Eesti_Peakonsulaat_New_Yorgis, lk 48
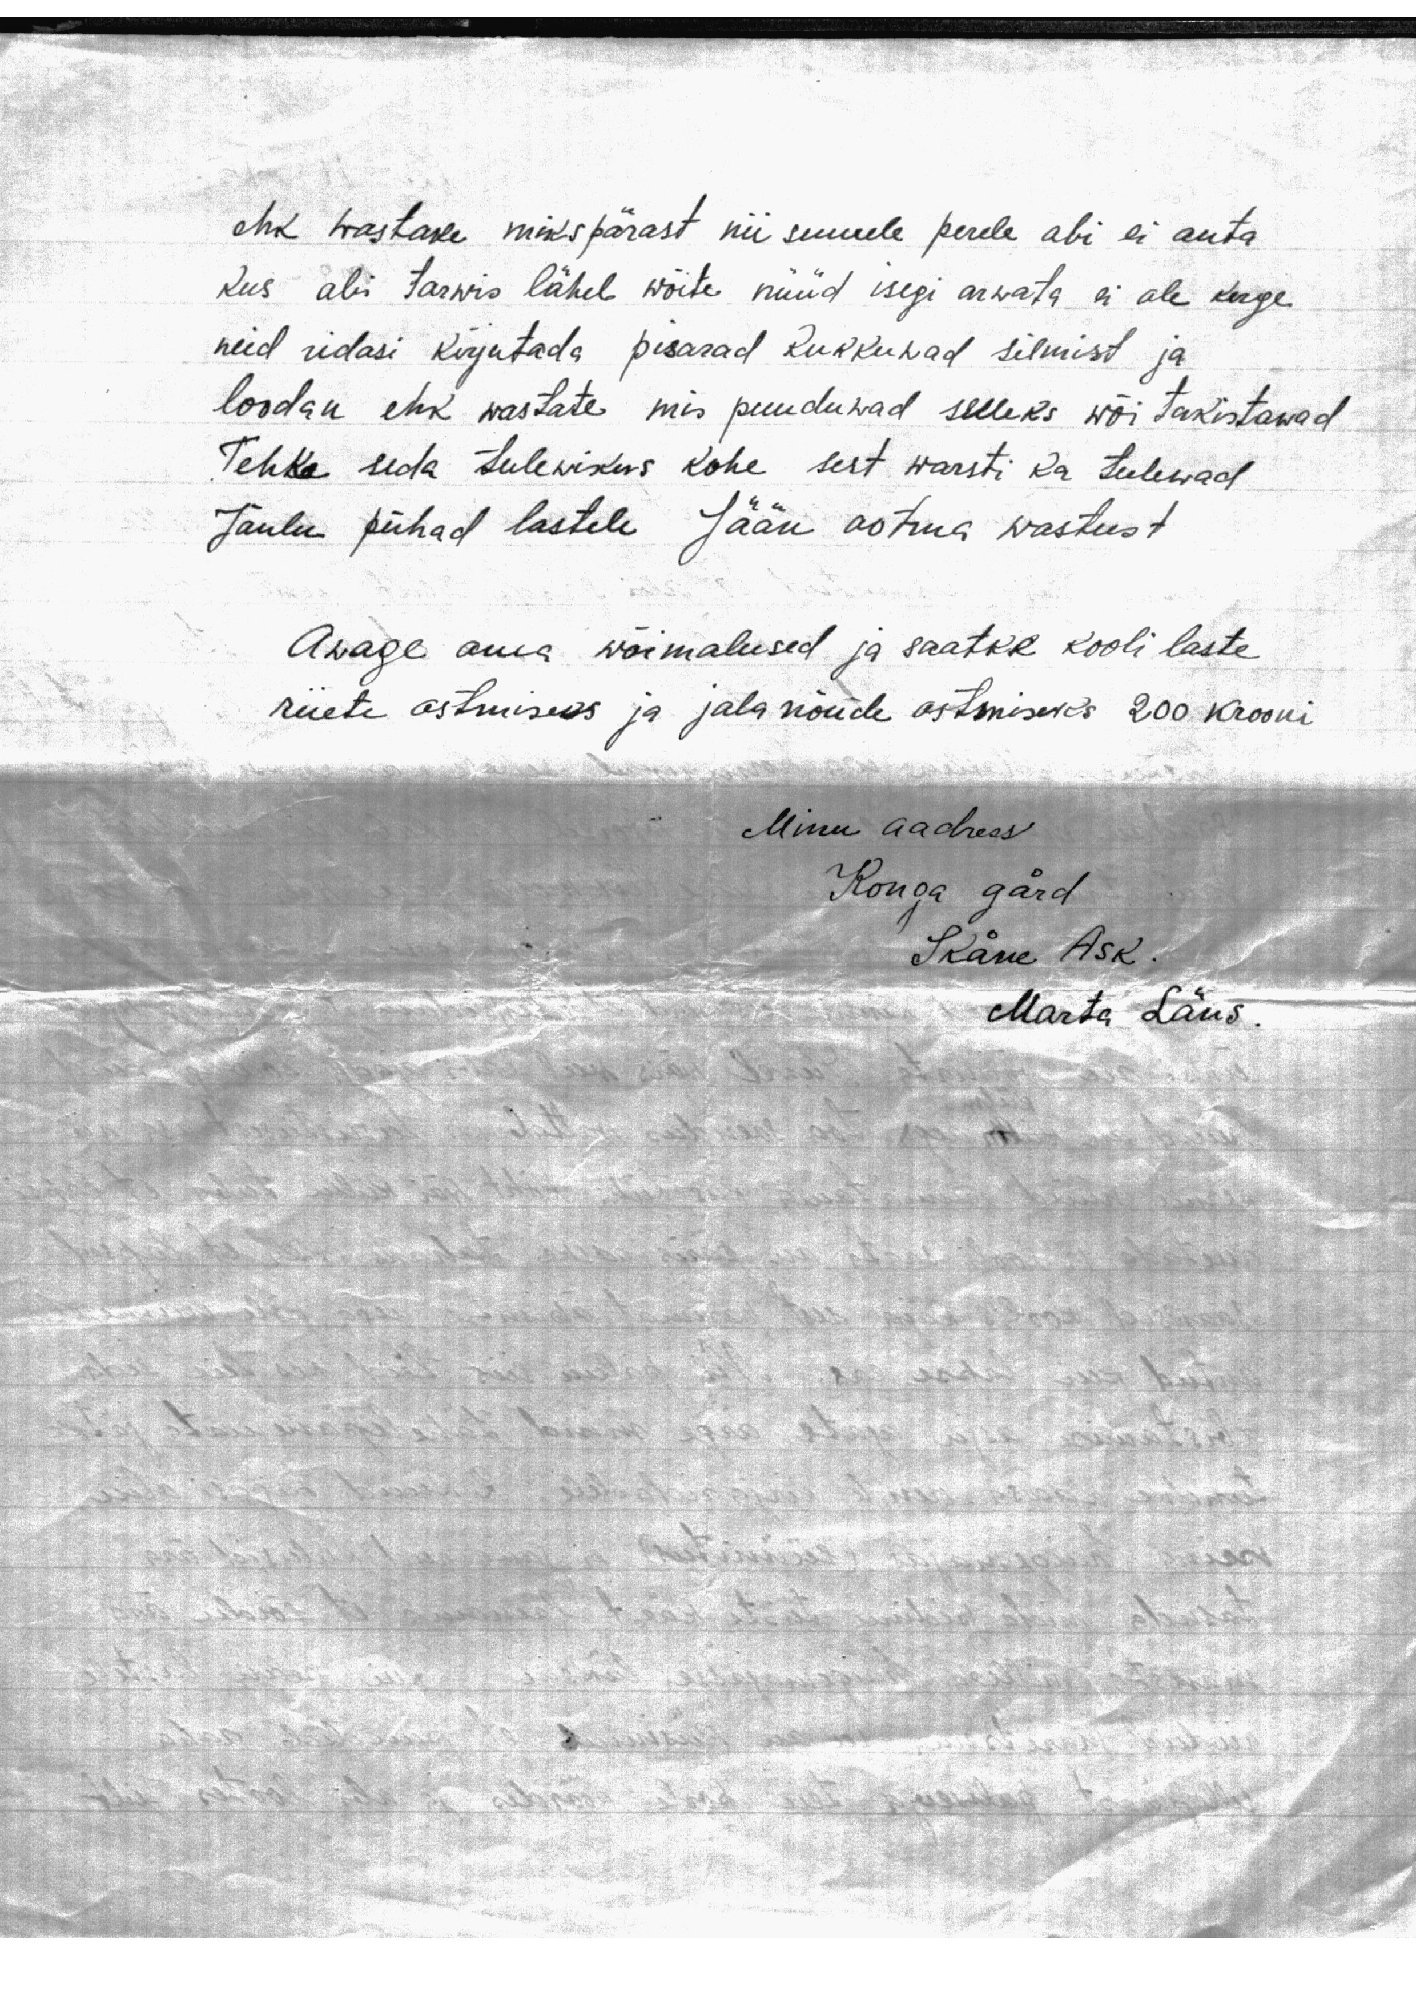
ehk wastake mikspärast nii suurele perele abi ei anta
kus abi tarwis läheb wõite nüüd isegi arwata ei ole kerge
neid ridasi kirjutada pisarad kukkuwad silmist ja
loodan ehk wastate mis puuduwad selleks wõi takistawad
Tehke seda tulewikus kohe sest warsti ka tulewad
Jõulu pühad lastele Jään ootma wastust
Awage oma wõimalused ja saatke kooli laste
riiete ostmiseks ja jalanõude ostmiseks 200 krooni

Minu aadress
Konga gård
Skåne Ask.
Marta Läns